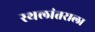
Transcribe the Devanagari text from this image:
स्थलांतराला